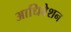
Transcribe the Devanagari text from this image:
आधिवेशन